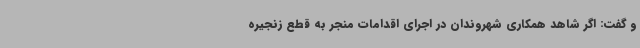
و گفت: اگر شاهد همکاری شهروندان در اجرای اقدامات منجر به قطع زنجیره